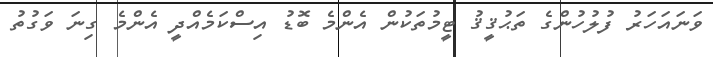
ވަނައަހަރު ފުލުހުންގެ ތަޙުޤީޤު ޓީމުތަކުން އެންމެ ބޮޑު އިސްކަމެއްދީ އެންމެ ގިނަ ވަގުތު